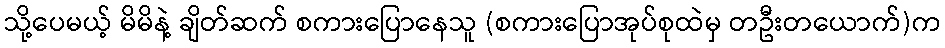
သို့ပေမယ့် မိမိနဲ့ ချိတ်ဆက် စကားပြောနေသူ (စကားပြောအုပ်စုထဲမှ တဦးတယောက်)က